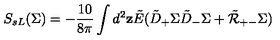
S _ { s L } ( \Sigma ) = - \frac { 1 0 } { 8 \pi } \int d ^ { 2 } { \bf z } \tilde { E } ( \tilde { D } _ { + } \Sigma \tilde { D } _ { - } \Sigma + \tilde { \cal R } _ { + - } \Sigma )